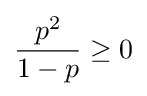
{\frac {p^{2}}{1-p}}\geq 0